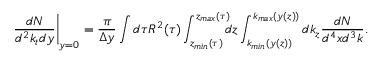
\left. \frac { d N } { d ^ { 2 } k _ { t } d y } \right| _ { y = 0 } = \frac { \pi } { \Delta y } \int d \tau R ^ { 2 } ( \tau ) \int _ { z _ { m i n } ( \tau ) } ^ { z _ { m a x } ( \tau ) } \negthickspace \negthickspace d z \int _ { k _ { m i n } ( y ( z ) ) } ^ { k _ { m a x } ( y ( z ) ) } d k _ { z } \frac { d N } { d ^ { 4 } x d ^ { 3 } k } .